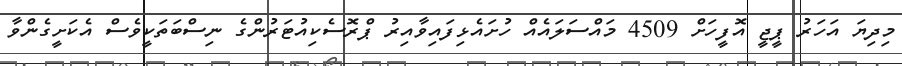
މިދިޔަ އަހަރު ޕީޖީ އޮފީހަށް 4509 މައްސަލައެއް ހުށައެޅިފައިވާއިރު ޕްރޮސެކިއުޓަރުންގެ ނިސްބަތަކީވެސް އެކަށީގެންވާ